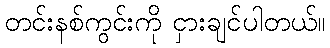
တင်းနစ်ကွင်းကို ငှားချင်ပါတယ်။